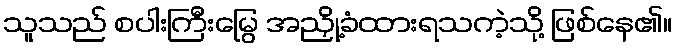
သူသည် စပါးကြီးမြွေ အညှို့ခံထားရသကဲ့သို့ ဖြစ်နေ၏။